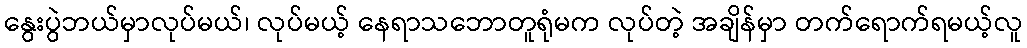
နွေးပွဲဘယ်မှာလုပ်မယ်၊ လုပ်မယ့် နေရာသဘောတူရုံမက လုပ်တဲ့ အချိန်မှာ တက်ရောက်ရမယ့်လူ